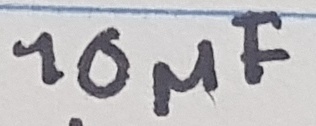
Text: 10µF